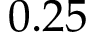
0 . 2 5